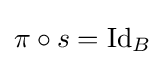
\pi \circ s=\operatorname {Id} _{B}